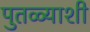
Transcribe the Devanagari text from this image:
पुतळ्याशी